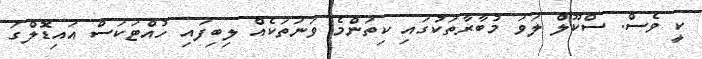
ކީ ވެސް. ސްކޫލް ލަވަ މުބާރާތަކުގައި ކިތަންމެ ވަނަތަކެއް ލިބިފައި ހުއްޓަކަސް އައިޑޮލްގަ